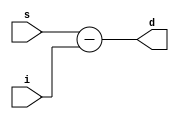
`timescale 1ns / 1ps
//////////////////////////////////////////////////////////////////////////////////
// Company: 
// Engineer: 
// 
// Design Name: 
// Module Name: dif
// Project Name: 
// Target Devices: 
// Tool Versions: 
// Description: 
// 
// Dependencies: 
// 
// Revision:
// Revision 0.01 - File Created
// Additional Comments:
// 
//////////////////////////////////////////////////////////////////////////////////


module dif(input s, i, output d);
    assign d = s - i;
endmodule